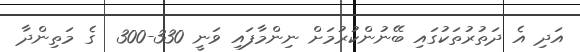
އަދި އެ ދަތުރުތަކުގައި ބޭނުންކުރުމަށް ނިންމާފައި ވަނީ 330-300  ގެ މަތިންދާ